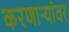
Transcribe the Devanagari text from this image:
करणार्‍यांवर